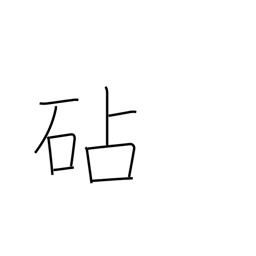
Meaning: fulling block